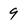
Character: 9